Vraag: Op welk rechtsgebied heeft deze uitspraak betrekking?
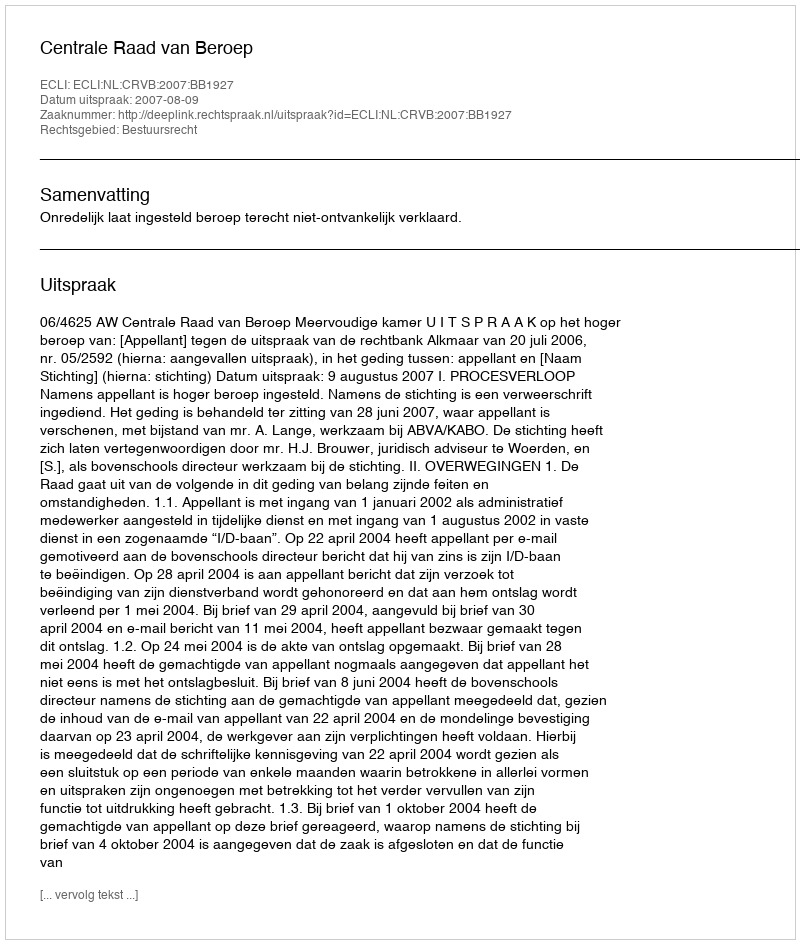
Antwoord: Bestuursrecht